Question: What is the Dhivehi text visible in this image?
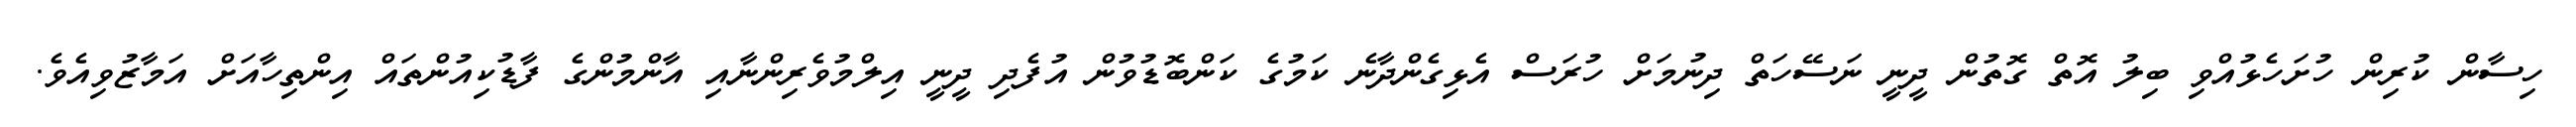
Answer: ހިސާން ކުރިން ހުށަހެޅުއްވި ބިލު އޮތް ގޮތުން ދީނީ ނަސޭހަތް ދިނުމަށް ހުރަސް އެޅިގެންދާނެ ކަމުގެ ކަންބޮޑުވުން އުފެދި ދީނީ އިލްމުވެރިންނާއި އާންމުންގެ ފާޑުކިއުންތައް އިންތިހާއަށް އަމާޒުވިއެވެ.